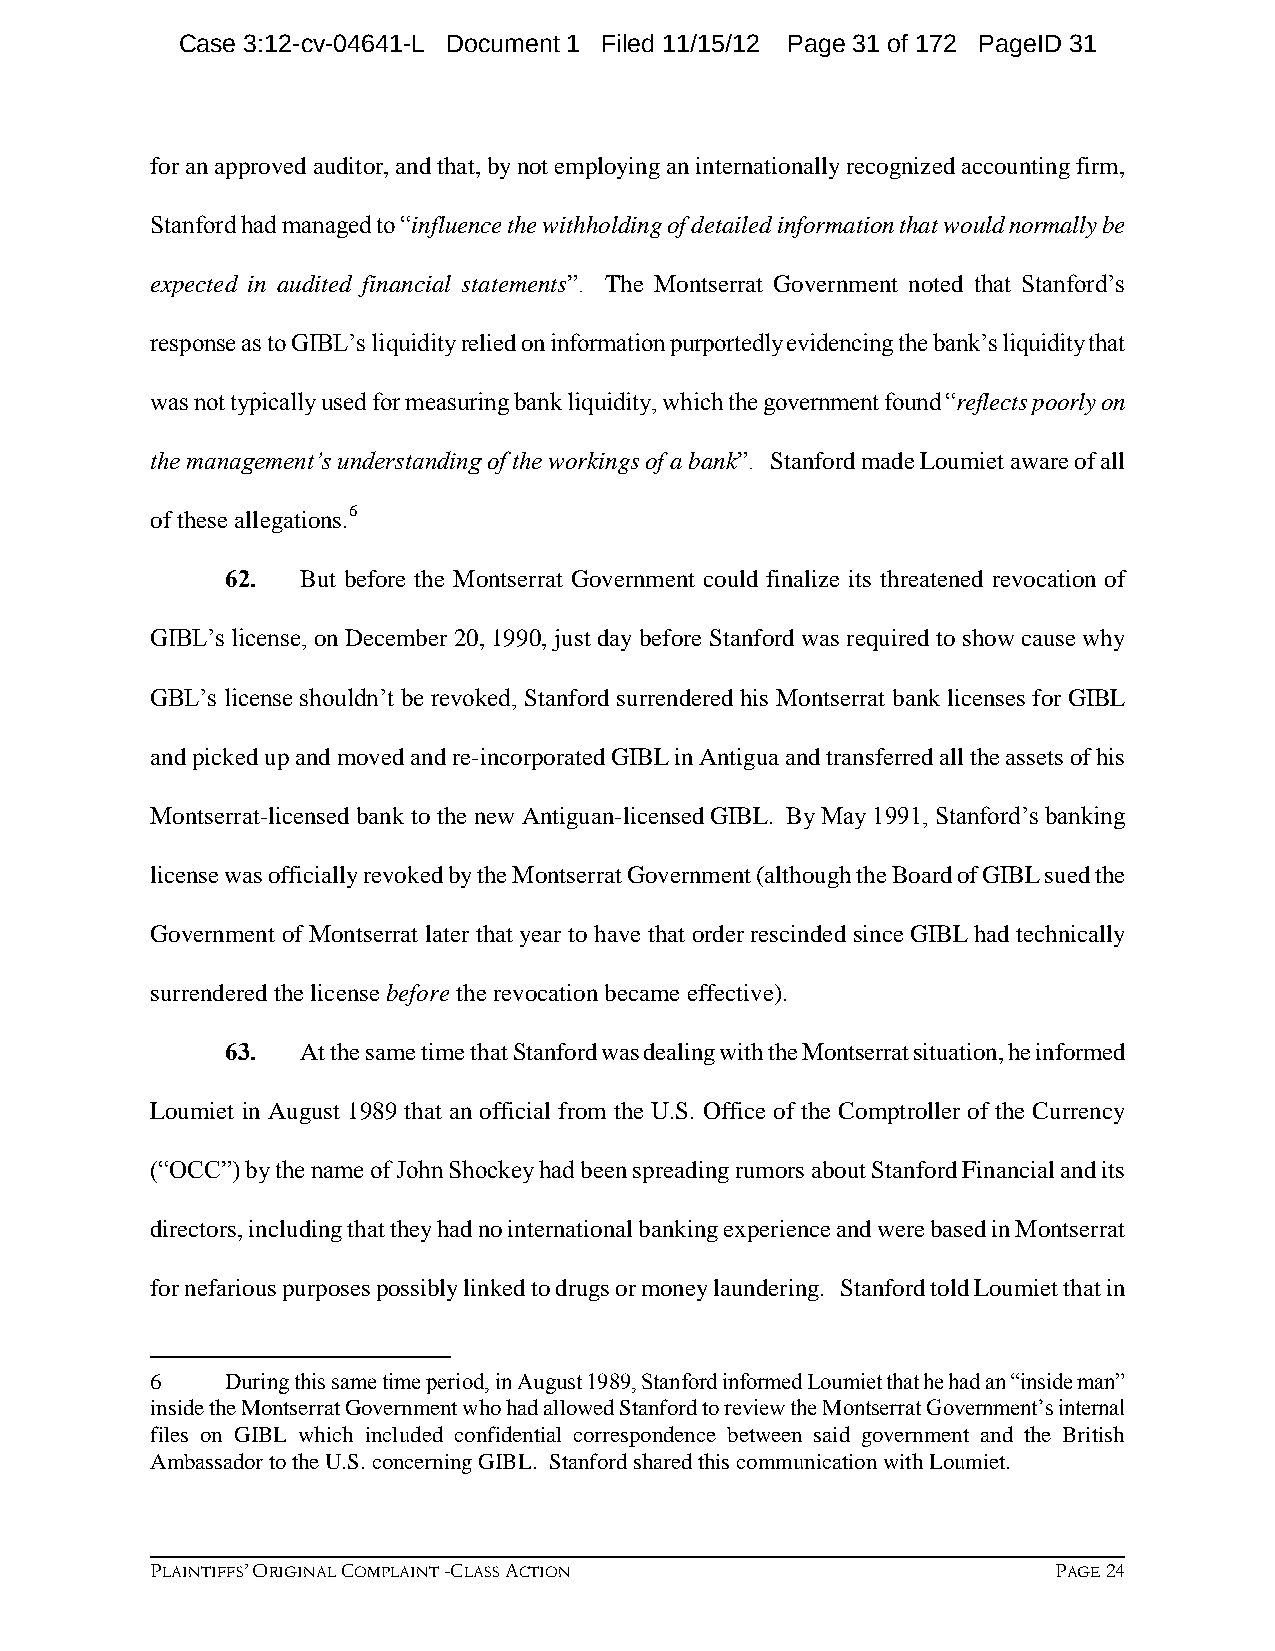
Case 3:12-cv-04641-L Document 1 Filed 11/15/12 Page 31 of 172 PageID 31
 for an approved auditor, and that, by not employing an internationally recognized accounting firm,
 Stanford had managed to “influence the withholding of detailed information that would normally be
 expected in audited financial statements”. The Montserrat Government noted that Stanford’s
 response as to GIBL’s liquidity relied on information purportedly evidencing the bank’s liquidity that
 was not typically used for measuring bank liquidity, which the government found “reflects poorly on
 the management’s understanding of the workings of a bank”. Stanford made Loumiet aware of all
 of these allegations.6
 62.  But before the Montserrat Government could finalize its threatened revocation of
 GIBL’s license, on December 20, 1990, just day before Stanford was required to show cause why
 GBL’s license shouldn’t be revoked, Stanford surrendered his Montserrat bank licenses for GIBL
 and picked up and moved and re-incorporated GIBL in Antigua and transferred all the assets of his
 Montserrat-licensed bank to the new Antiguan-licensed GIBL. By May 1991, Stanford’s banking
 license was officially revoked by the Montserrat Government (although the Board of GIBL sued the
 Government of Montserrat later that year to have that order rescinded since GIBL had technically
 surrendered the license before the revocation became effective).
 63.  At the same time that Stanford was dealing with the Montserrat situation, he informed
 Loumiet in August 1989 that an official from the U.S. Office of the Comptroller of the Currency
 (“OCC”) by the name of John Shockey had been spreading rumors about Stanford Financial and its
 directors, including that they had no international banking experience and were based in Montserrat
 for nefarious purposes possibly linked to drugs or money laundering. Stanford told Loumiet that in
 6    During this same time period, in August 1989, Stanford informed Loumiet that he had an “inside man”
 inside the Montserrat Government who had allowed Stanford to review the Montserrat Government’s internal
 files on GIBL which included confidential correspondence between said government and the British
 Ambassador to the U.S. concerning GIBL. Stanford shared this communication with Loumiet.
 PLAINTIFFS’ ORIGINAL COMPLAINT -CLASS ACTION                PAGE 24